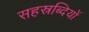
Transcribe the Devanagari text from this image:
सहस्रब्दियों